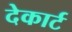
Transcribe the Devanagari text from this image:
देकार्ट